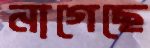
নাগেছে